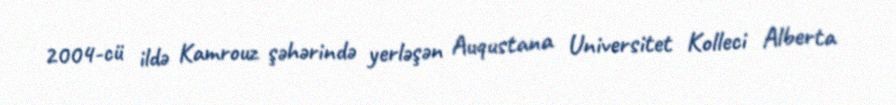
2004-cü ildə Kamrouz şəhərində yerləşən Auqustana Universitet Kolleci Alberta